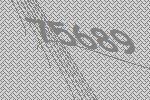
75689